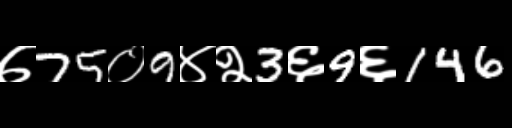
Text: ७75०9४२3६9६146